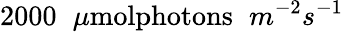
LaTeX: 2000\phantom{x}\mu\textrm{molphotons}\phantom{x}m^{-2}s^{-1}